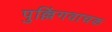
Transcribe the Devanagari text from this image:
पुल्लिंगवाचक